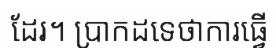
ដែរ។ ប្រាកដទេថាការធ្វើ